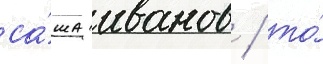
са́ша иванов / то́